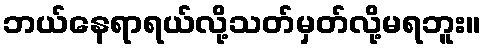
ဘယ်နေရာရယ်လို့သတ်မှတ်လို့မရဘူး။